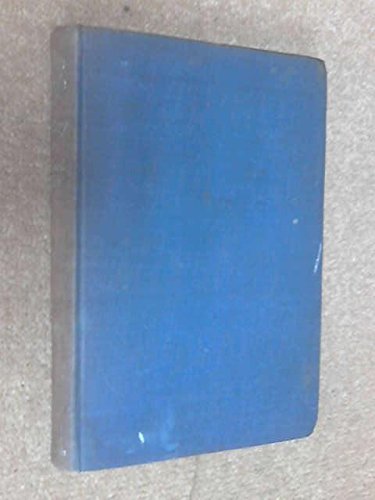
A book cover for Japan's islands of mystery; Willard Price; Travel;